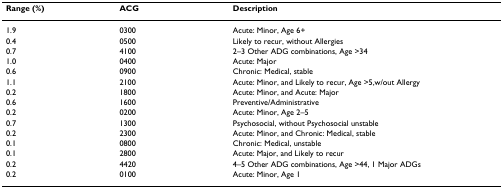
| Range (%) | ACG | Description |
 | --- | --- | --- |
 | 1.9 | 0300 | Acute: Minor, Age 6+ |
 | 0.4 | 0500 | Likely to recur, without Allergies |
 | 0.7 | 4100 | 2–3 Other ADG combinations, Age >34 |
 | 1.0 | 0400 | Acute: Major |
 | 0.6 | 0900 | Chronic: Medical, stable |
 | 1.1 | 2100 | Acute: Minor, and Likely to recur, Age >5,w/out Allergy |
 | 0.2 | 1800 | Acute: Minor, and Acute: Major |
 | 0.6 | 1600 | Preventive/Administrative |
 | 0.2 | 0200 | Acute: Minor, Age 2–5 |
 | 0.7 | 1300 | Psychosocial, without Psychosocial unstable |
 | 0.2 | 2300 | Acute: Minor, and Chronic: Medical, stable |
 | 0.1 | 0800 | Chronic: Medical, unstable |
 | 0.1 | 2800 | Acute: Major, and Likely to recur |
 | 0.2 | 4420 | 4–5 Other ADG combinations, Age >44, 1 Major ADGs |
 | 0.2 | 0100 | Acute: Minor, Age 1 |